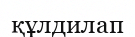
құлдилап